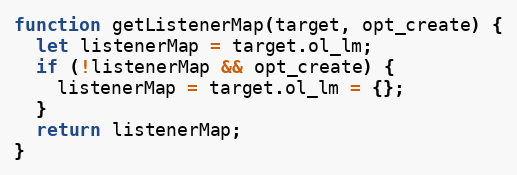
Language: JavaScript
function getListenerMap(target, opt_create) {
  let listenerMap = target.ol_lm;
  if (!listenerMap && opt_create) {
    listenerMap = target.ol_lm = {};
  }
  return listenerMap;
}